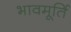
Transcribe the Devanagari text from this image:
भावमूर्ति